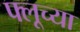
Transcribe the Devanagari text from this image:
फ्लूच्या